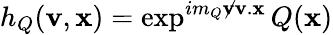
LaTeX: h_{Q}(\mathbf{v},\mathbf{x})=\exp^{im_{Q}\not{\mathbf{v}}\mathbf{v}.\mathbf{x}}Q(\mathbf{x})